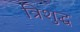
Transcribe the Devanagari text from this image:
त्रिशुद्ध